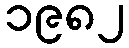
၁၉၈၂